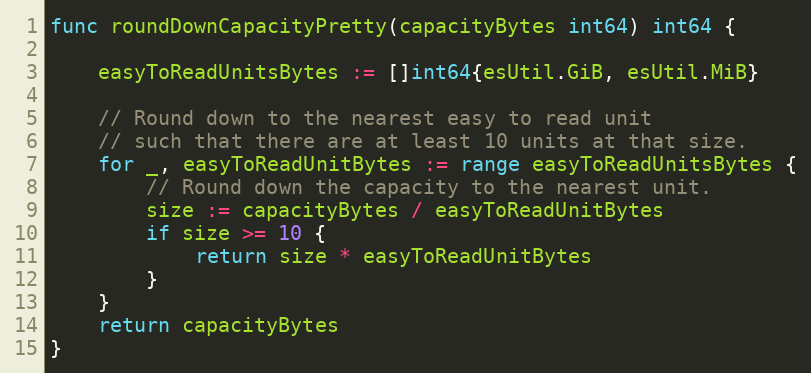
Language: Go
func roundDownCapacityPretty(capacityBytes int64) int64 {

	easyToReadUnitsBytes := []int64{esUtil.GiB, esUtil.MiB}

	// Round down to the nearest easy to read unit
	// such that there are at least 10 units at that size.
	for _, easyToReadUnitBytes := range easyToReadUnitsBytes {
		// Round down the capacity to the nearest unit.
		size := capacityBytes / easyToReadUnitBytes
		if size >= 10 {
			return size * easyToReadUnitBytes
		}
	}
	return capacityBytes
}